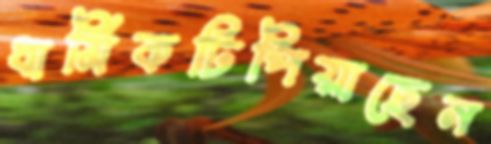
ধার্মিকটিপিয়াছেন